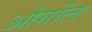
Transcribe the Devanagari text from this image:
ओगोंल